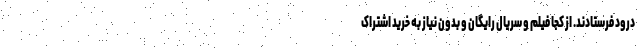
درود فرستادند. از کجا فیلم و سریال رایگان و بدون نیاز به خرید اشتراک